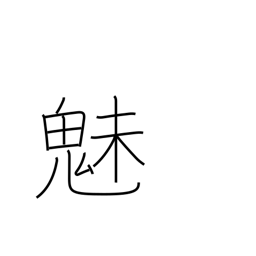
Meaning: fascination